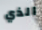
الذي